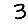
Digit: 3